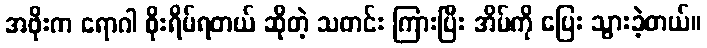
အဖိုးက ရောဂါ စိုးရိမ်ရတယ် ဆိုတဲ့ သတင်း ကြားပြီး အိမ်ကို ပြေး သွားခဲ့တယ်။